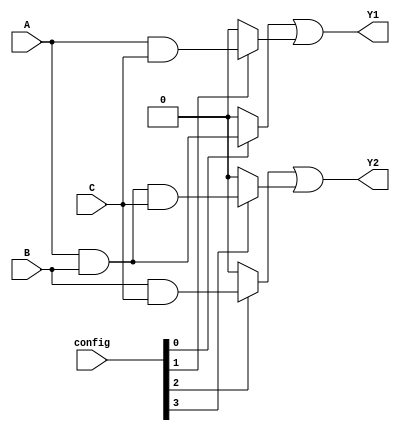
module PAL (
    input wire A,      // Input A
    input wire B,      // Input B
    input wire C,      // Input C
    input wire [3:0] config, // Configuration for AND gates
    output wire Y1,    // Output Y1
    output wire Y2     // Output Y2
);

// Programmable AND gates
wire and_out0, and_out1, and_out2, and_out3;

// AND gate 0: A AND B
assign and_out0 = (config[0]) ? (A & B) : 0;

// AND gate 1: A AND C
assign and_out1 = (config[1]) ? (A & C) : 0;

// AND gate 2: B AND C
assign and_out2 = (config[2]) ? (B & C) : 0;

// AND gate 3: A AND B AND C
assign and_out3 = (config[3]) ? (A & B & C) : 0;

// Fixed OR array
assign Y1 = and_out0 | and_out1; // Output Y1 is the OR of AND gate 0 and AND gate 1
assign Y2 = and_out2 | and_out3; // Output Y2 is the OR of AND gate 2 and AND gate 3

endmodule